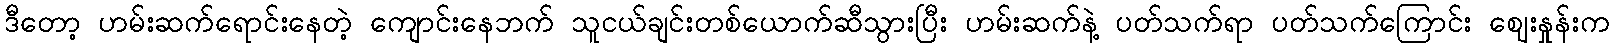
ဒီတော့ ဟမ်းဆက်ရောင်းနေတဲ့ ကျောင်းနေဘက် သူငယ်ချင်းတစ်ယောက်ဆီသွားပြီး ဟမ်းဆက်နဲ့ ပတ်သက်ရာ ပတ်သက်ကြောင်း ဈေးနှုန်းက